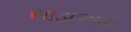
સાડાઆઠ